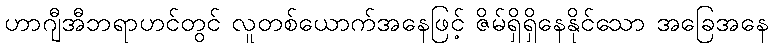
ဟာဂျီအီဘရာဟင်တွင် လူတစ်ယောက်အနေဖြင့် ဇိမ်ရှိရှိနေနိုင်သော အခြေအနေ